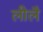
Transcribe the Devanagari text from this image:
लीलै